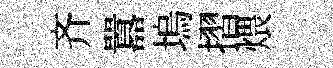
齐囂塢摺煨